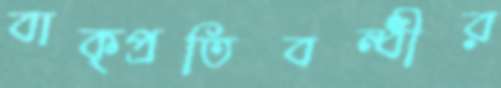
বাক্প্রতিবন্ধীর